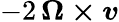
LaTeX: -2\, {\boldsymbol{\Omega\times v}}